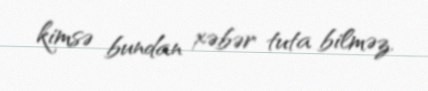
kimsə bundan xəbər tuta bilməz.